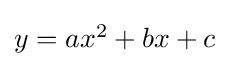
\textstyle y=ax^{2}+bx+c